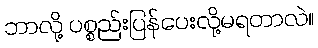
ဘာလို့ ပစ္စည်းပြန်ပေးလို့မရတာလဲ။